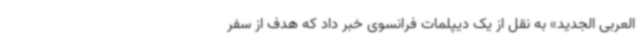
العربی الجدید» به نقل از یک دیپلمات فرانسوی خبر داد که هدف از سفر